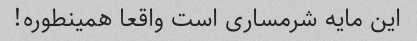
این مایه شرمساری است واقعا همینطوره!